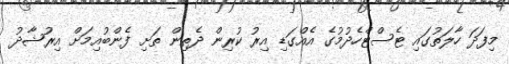
މިފަދަ ހާލަތުގައި ޓެސްޓްހެދުމުގެ އެއްގަޑި އިރު ކުރިން ދެތިން ތަށި ފެންބުއިމަށް އިރުޝާދު